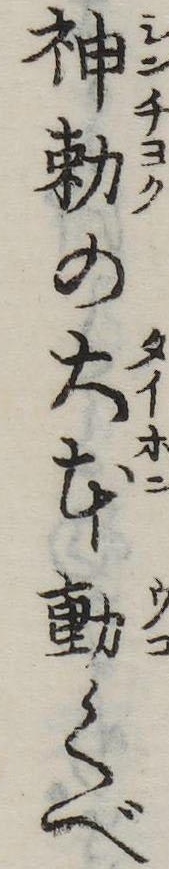
神勅の大本動くべ